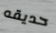
حديقه